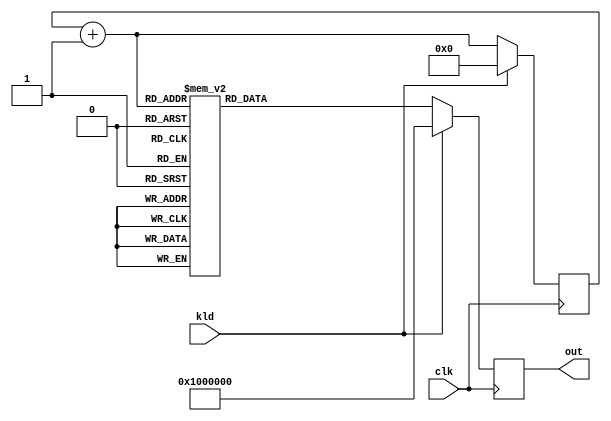
module aes_rcon(clk, kld, out);
input		clk;
input		kld;
output	[31:0]	out;
reg	[31:0]	out;
reg	[3:0]	rcnt;
wire	[3:0]	rcnt_next;

always @(posedge clk)
	if(kld)		out <=  32'h01_00_00_00;
	else		out <=  frcon(rcnt_next);

assign rcnt_next = rcnt + 4'h1;
always @(posedge clk)
	if(kld)		rcnt <=  4'h0;
	else		rcnt <=  rcnt_next;

function [31:0]	frcon;
input	[3:0]	i;
case(i)	// synopsys parallel_case
   4'h0: frcon=32'h01_00_00_00;		//1
   4'h1: frcon=32'h02_00_00_00;		//x
   4'h2: frcon=32'h04_00_00_00;		//x^2
   4'h3: frcon=32'h08_00_00_00;		//x^3
   4'h4: frcon=32'h10_00_00_00;		//x^4
   4'h5: frcon=32'h20_00_00_00;		//x^5
   4'h6: frcon=32'h40_00_00_00;		//x^6
   4'h7: frcon=32'h80_00_00_00;		//x^7
   4'h8: frcon=32'h1b_00_00_00;		//x^8
   4'h9: frcon=32'h36_00_00_00;		//x^9
   default: frcon=32'h00_00_00_00;
endcase
endfunction

endmodule